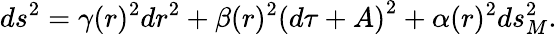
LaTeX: ds^{2}=\gamma(r)^{2}dr^{2}+\beta(r)^{2}\left(d\tau+A\right)^{2}+\alpha(r)^{2}{ds_{M}^{2}}.